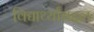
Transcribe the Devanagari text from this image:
विद्यार्थ्यांबद्दल